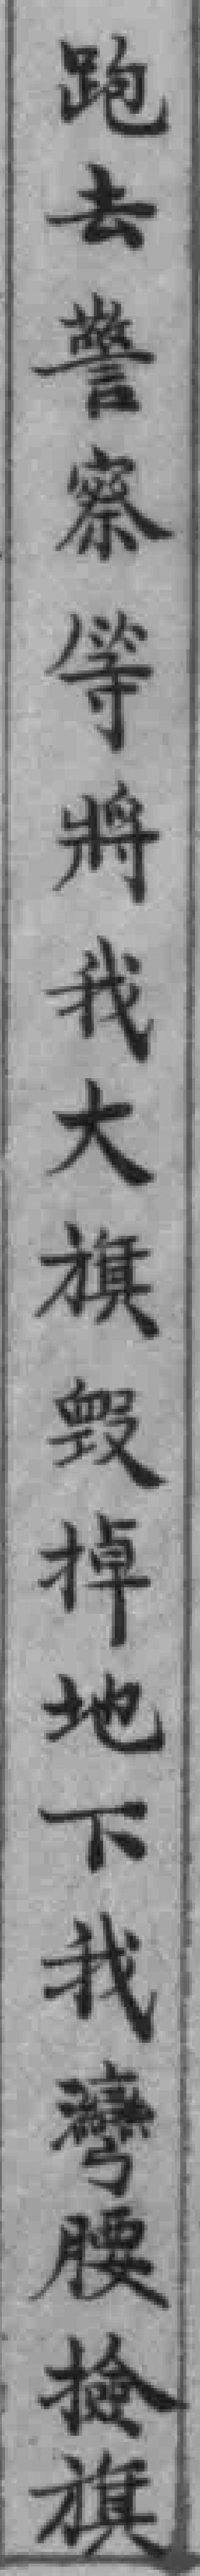
跑去警察等将我大旗毁掉地下我彎腰检旗